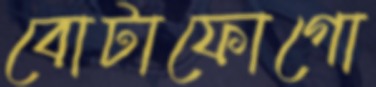
বোটাফোগো